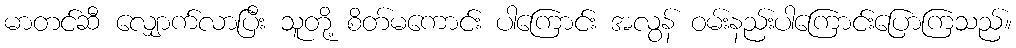
မာတင်ဆီ လျှောက်လာပြီး သူတို့ စိတ်မကောင်း ပါကြောင်း အလွန် ဝမ်းနည်းပါကြောင်းပြောကြသည်။